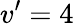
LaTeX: v’=4